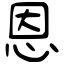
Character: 恩